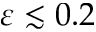
\varepsilon \lesssim 0 . 2